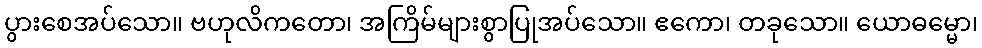
ပွားစေအပ်သော။ ဗဟုလိကတော၊ အကြိမ်များစွာပြုအပ်သော။ ဧကော၊ တခုသော။ ယောဓမ္မော၊